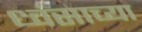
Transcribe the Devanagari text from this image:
ध्वंसाच्या